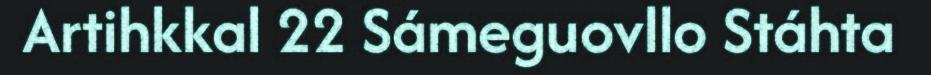
Artihkkal 22 Sámeguovllo Stáhta